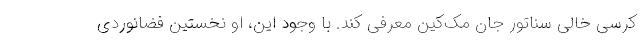
کرسی خالی سناتور جان مک‌کین معرفی کند. با وجود این، او نخستین فضانوردی